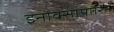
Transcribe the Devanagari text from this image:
इनोक्सापारिन